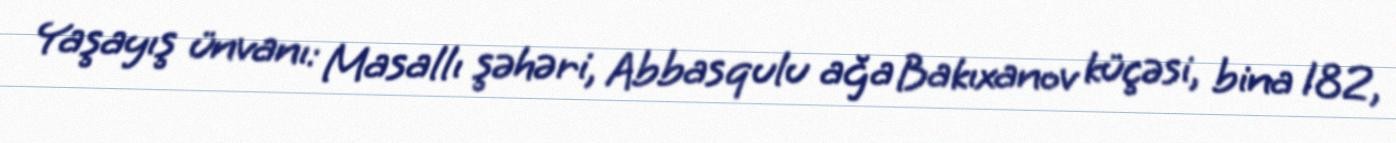
Yaşayış ünvanı: Masallı şəhəri, Abbasqulu ağa Bakıxanov küçəsi, bina 182,